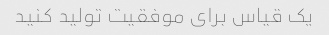
یک قیاس برای موفقیت تولید کنید